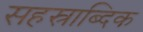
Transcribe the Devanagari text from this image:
सहस्राब्दिक